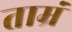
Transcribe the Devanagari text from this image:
ताम्रं